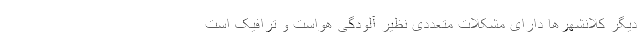
دیگر کلانشهر‌ها دارای مشکلات متعددی نظیر آلودگی هواست و ترافیک است